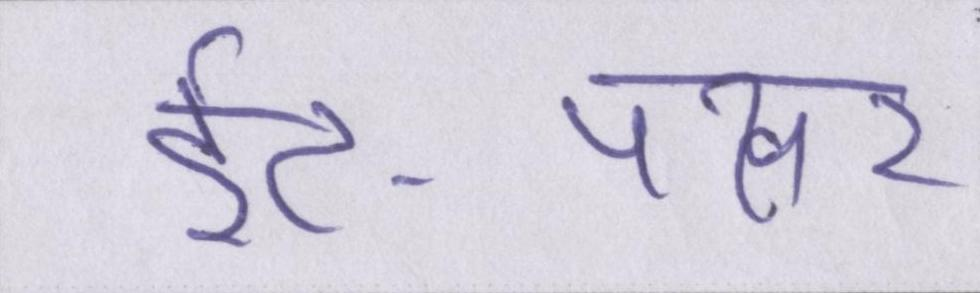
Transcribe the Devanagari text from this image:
ईंट-पत्थर